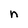
Character: n